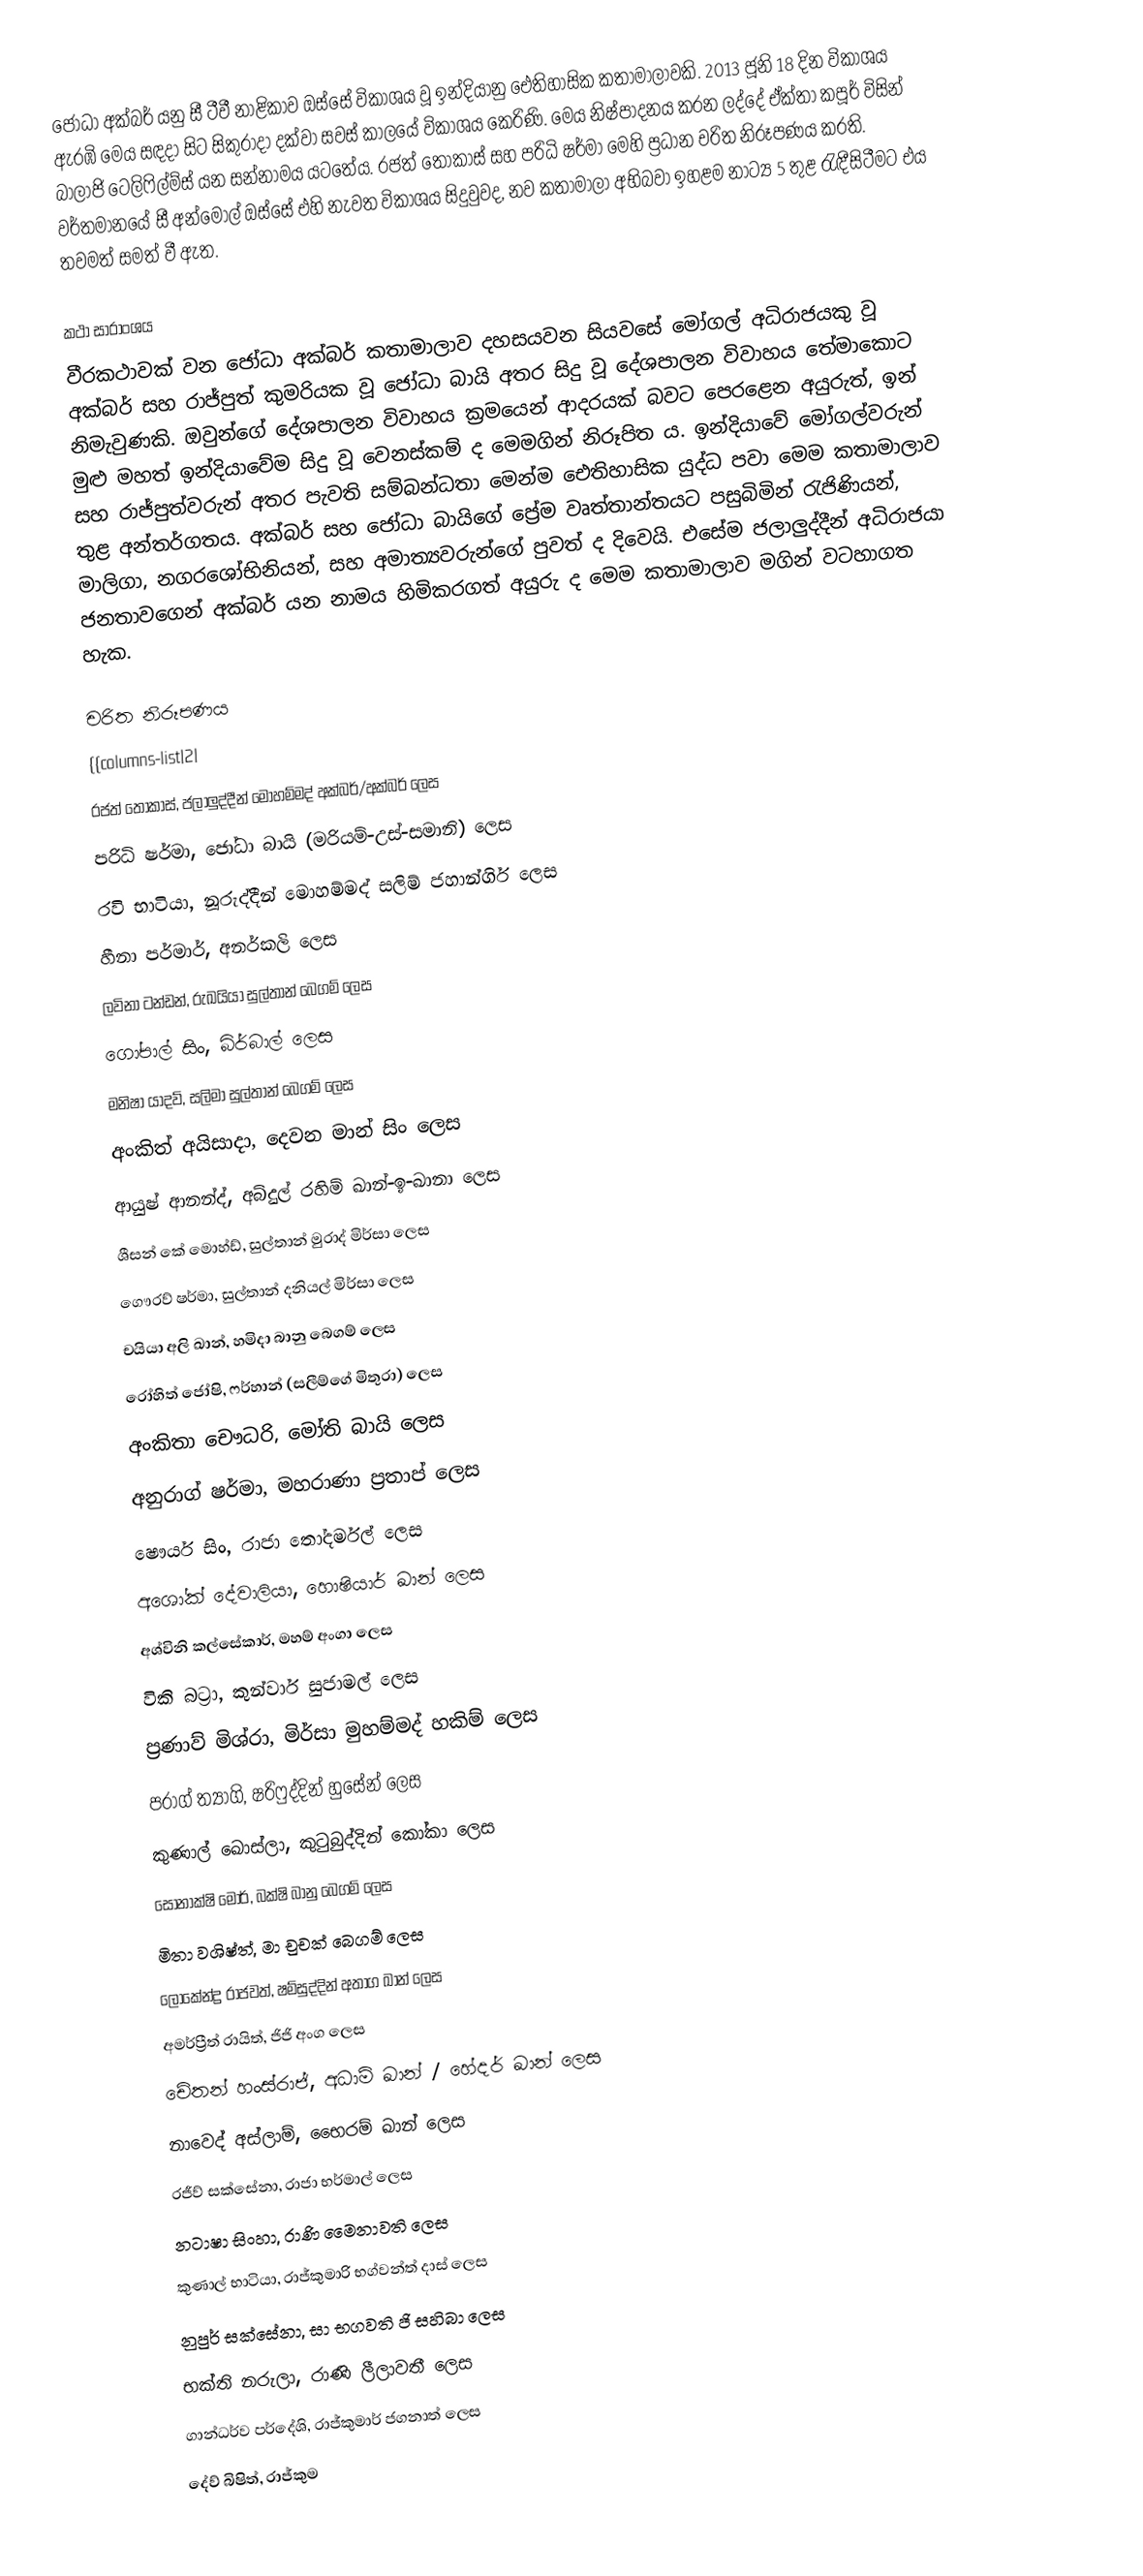
ජෝධා අක්බර් යනු සී ටීවී නාළිකාව ඔස්සේ විකාශය වූ ඉන්දියානු ඓතිහාසික කතාමාලාවකි. 2013 ජූනි 18 දින විකාශය ඇරඹි මෙය සඳදා සිට සිකුරාදා දක්වා සවස් කාලයේ විකාශය කෙරිණි. මෙය නිෂ්පාදනය කරන ලද්දේ ඒක්තා කපූර් විසින් බාලාජි ටෙලිෆිල්ම්ස් යන සන්නාමය යටතේය. රජත් තොකාස් සහ පරිධි ෂර්මා මෙහි ප්‍රධාන චරිත නිරූපණය කරති. වර්තමානයේ සී අන්මොල් ඔස්සේ එහි නැවත විකාශය සිදුවුවද, නව කතාමාලා අභිබවා ඉහළම නාට්‍ය 5 තුළ රැඳීසිටීමට එය තවමත් සමත් වී ඇත.

කථා සාරාංශය
වීරකථාවක් වන ජෝධා අක්බර් කතාමාලාව දහසයවන සියවසේ මෝගල් අධිරාජයකු වූ අක්බර් සහ රාජ්පුත් කුමරියක වූ ජෝධා බායි අතර සිදු වූ දේශපාලන විවාහය තේමාකොට නිමැවුණකි. ‍ඔවුන්ගේ දේශපාලන විවාහය ක්‍රමයෙන් ආදරයක් බවට පෙරළෙන අයුරුත්, ඉන් මුළු මහත් ඉන්දියාවේම සිදු වූ වෙනස්කම් ද මෙමගින් නිරූපිත ය. ඉන්දියාවේ මෝගල්වරුන් සහ රාජ්පුත්වරුන් අතර පැවති සම්බන්ධතා මෙන්ම ඓතිහාසික යුද්ධ පවා මෙම කතාමාලාව තුළ අන්තර්ගතය. අක්බර් සහ ජෝධා බායිගේ ප්‍රේම වෘත්තාන්තයට පසුබිමින් රැජිණියන්, මාලිගා, නගරශෝභිනියන්, සහ අමාත්‍යවරුන්ගේ පුවත් ද දිවෙයි. එසේම ජලාලුද්දීන් අධිරාජයා ජනතාවගෙන් අක්බර් යන නාමය හිමිකරගත් අයුරු ද මෙම කතාමාලාව මගින් වටහාගත හැක.

චරිත නිරූපණය
{{columns-list|2|
 රජත් තොකාස්, ජලාලුද්දීන් මොහම්මද් අක්බර්/අක්බර් ලෙස
 පරිධි ෂර්මා, ජෝධා බායි (මරියම්-උස්-සමානි) ලෙස
 රවි භාටියා, නූරුද්දීන් මොහම්මද් සලිම් ජහාන්ගිර් ලෙස
 හීනා පර්මාර්, අනර්කලි ලෙස
 ලවිනා ටන්ඩන්, රුඛයියා සුල්තාන් බෙගම් ලෙස
 ගෝපාල් සිං, බිර්බාල් ‍ලෙස
 මනිෂා යාදව්, සලිමා සුල්තාන් බෙගම් ලෙස
 අංකිත් අයිසාදා, දෙවන මාන් සිං ලෙස
 ආයුෂ් ආනන්ද්, අබ්දුල් රහිම් ඛාන්-ඉ-ඛානා ලෙස
 ශීසන් කේ මොහ්ඩ්, සුල්තාන් මුරාද් මිර්සා ලෙස
 ගෞරව් ෂර්මා, සුල්තාන් දනියල් මිර්සා ලෙස
 චයියා අලි ඛාන්, හමිදා බානු බෙගම් ලෙස
 රෝහිත් ජෝෂි, ෆර්හාන් (සලීම්ගේ මිතුරා) ලෙස
 අංකිතා චෞධරි, මෝති බායි ලෙස
 අනුරාග් ෂර්මා, මහරාණා ප්‍රතාප් ලෙස
 ෂෞර්ය සිං, රාජා තෝදර්මල් ලෙස
 අශෝක් දේවාලියා, හොෂියාර් ඛාන් ලෙස
 අශ්විනි කල්සේකාර්, මහම් අංගා ලෙස
 විකි බට්‍රා, කුන්වාර් සුජාමල් ලෙස
 ප්‍රණාව් මිශ්රා, මිර්සා මුහම්මද් හකිම් ලෙස
 පරාග් ත්‍යාගි, ෂරිෆුද්දින් හුසේන් ලෙස
 කුණාල් ඛොස්ලා, කුටුබුද්දින් කෝකා  ලෙස
 සෝනාක්ෂි මෝර්, බක්ෂි බානු බෙගම්  ලෙස
 මිතා වශිෂ්ත්, මා චුචක් බෙගම් ලෙස
 ලෝකේන්ද්‍ර රාජවත්, ෂම්සුද්දින් අතාග ඛාන් ලෙස
 අමර්ප්‍රීත් රායිත්, ජිජි අංග ලෙස
 චේතන් හංස්රාජ්, අධාම් ඛාන් / හේදර් ඛාන් ලෙස
 නාවෙද් අස්ලාම්, භෛරම් ඛාන් ලෙස
 රජීව් සක්සේනා, රාජා භර්මාල් ලෙස
 නටාෂා සිංහා, රාණි මෛනාවති ලෙස
 කුණාල් භාටියා, රාජ්කුමාරි භග්වන්ත් දාස් ලෙස
 නුපුර් සක්සේනා, සා භගවති ජි සහිබා ලෙස
 භක්ති නරුලා, රාණි ලීලාවතී ලෙස
 ගාන්ධර්ව පර්දේශි, රාජ්කුමාර් ජගනාත් ලෙස
 දේව් බිෂිත්, රාජ්කුම